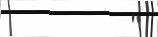
"